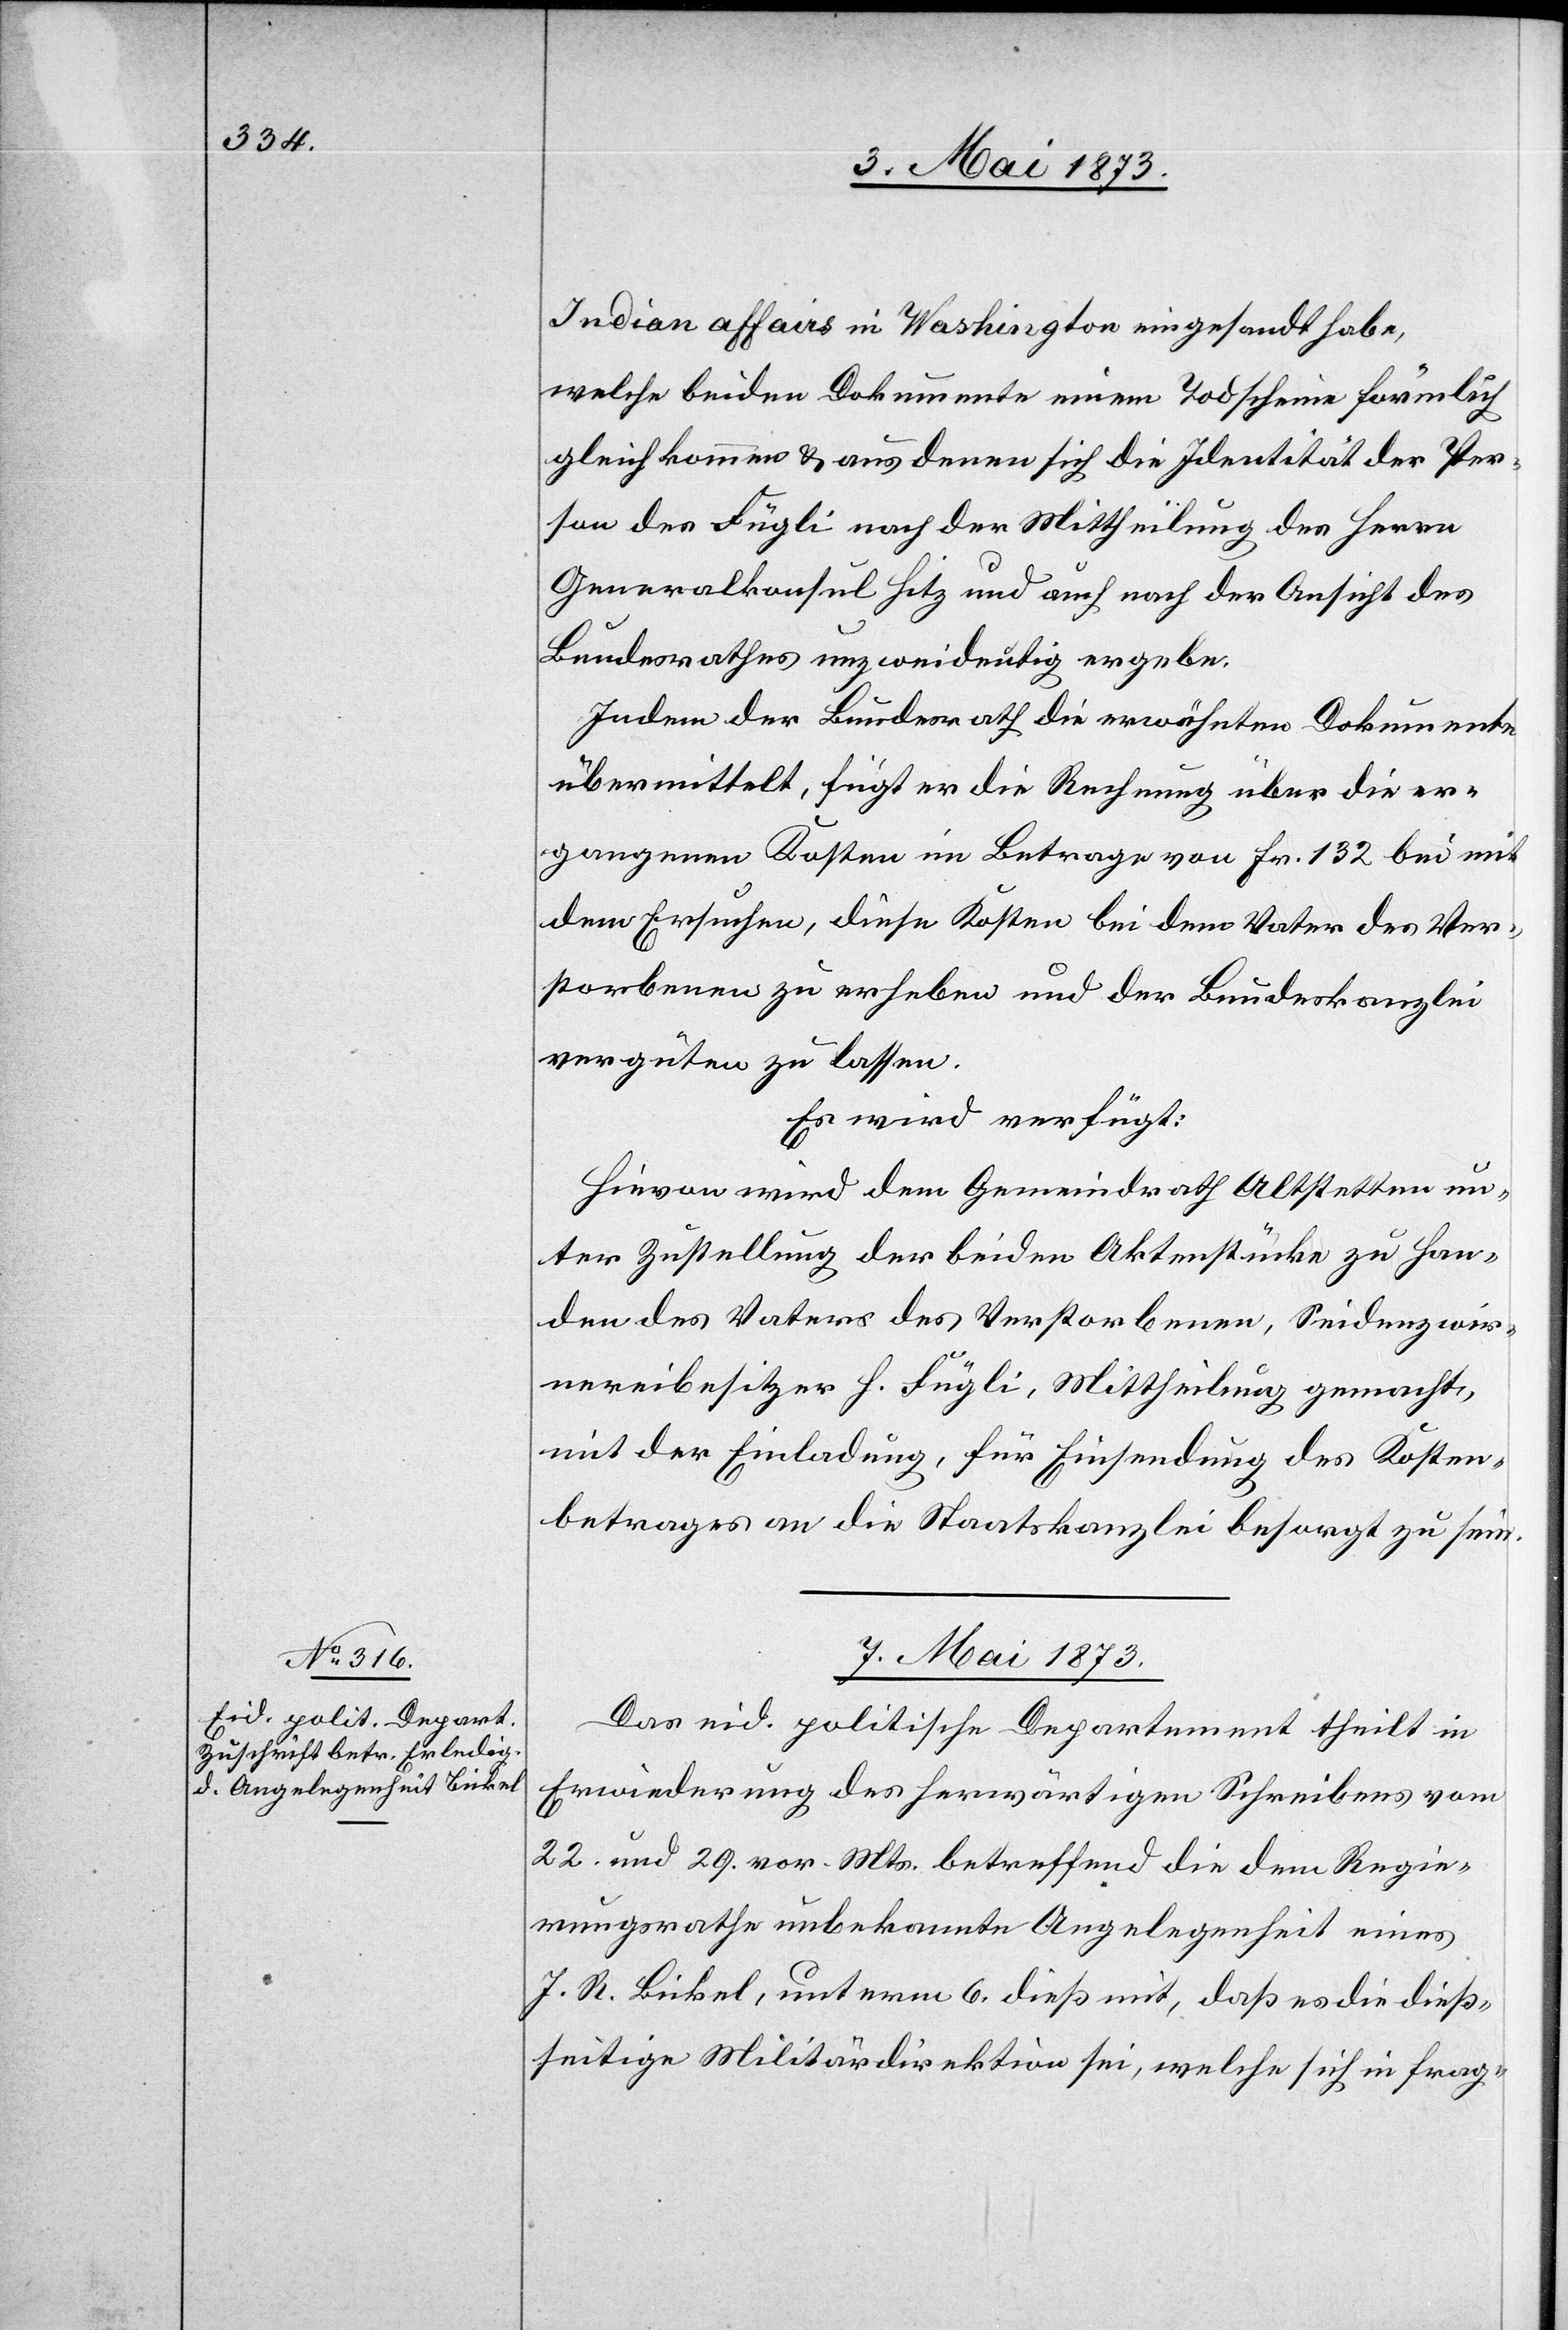
Indian affairs in Washington eingesandt habe,
welche beiden Dokumente einem Todscheine förmlich
gleichkommen & aus denen sich die Identität der Per¬
son des Fügli nach der Mittheilung des Herrn
Generalkonsul Hitz und auch nach der Ansicht des
Bundesrathes unzweideutig ergebe.
Indem der Bundesrath die erwähnten Dokumente
übermittelt, fügt er die Rechnung über die er¬
gangenen Kosten im Betrage von Fr. 132 bei mit
dem Ersuchen, diese Kosten bei dem Vater des Ver¬
storbenen zu erheben und der Bundeskanzlei
vergüten zu lassen.
Es wird verfügt:
Hievon wird dem Gemeindrath Altstetten un¬
ter Zustellung der beiden Aktenstücke zu Han¬
den des Vaters des Verstorbenen, Seidenzwir¬
nereibesitzer H. Fügli, Mittheilung gemacht,
mit der Einladung, für Einsendung des Kosten¬
betrages an die Staatskanzlei besorgt zu sein.
7. Mai 1873.
Das eid. politische Departement theilt in
Erwiederung des herwärtigen Schreibens vom
22. und 29. vor. Mts. betreffend die dem Regie¬
rungsrathe unbekannte Angelegenheit eines
J. R. Bickel, unterm 6. dieß mit, daß es die dieß¬
seitige Militärdirektion sei, welche sich in frag-